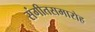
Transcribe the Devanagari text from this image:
संगीतसमारोह